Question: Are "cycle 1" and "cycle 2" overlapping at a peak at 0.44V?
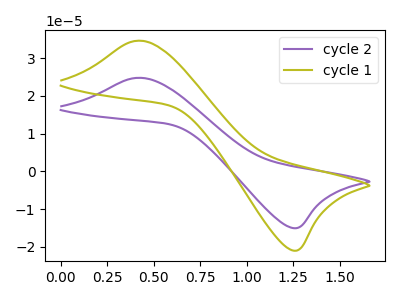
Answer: <think>The purple curve "cycle 2" has an anodic peak at (0.40V, 24.80uA) and a cathodic peak at (1.25V, -15.00uA). The olive curve "cycle 1" has an anodic peak at (0.40V, 34.60uA) and a cathodic peak at (1.25V, -20.95uA).</think>
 <answer>No, "cycle 1" and "cycle 2" dont share a peak at 0.44V.</answer>
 <eval>mismatch</eval>